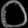
Digit: ၀